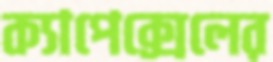
ক্যাপেক্সেলের